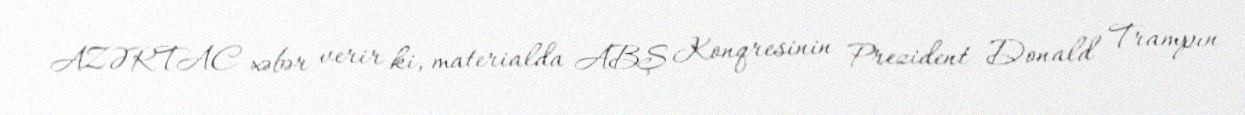
AZƏRTAC xəbər verir ki, materialda ABŞ Konqresinin Prezident Donald Trampın